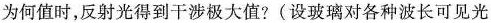
为何值时，反射光得到干涉极大值?(设玻璃对各种波长可见光